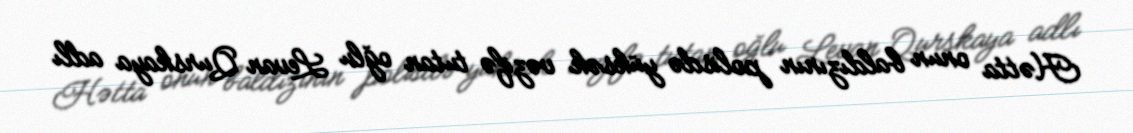
Hətta onun baldızının polisdə yüksək vəzifə tutan oğlu Levan Qurskaya adlı